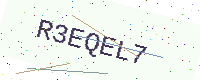
Text: R3EQEL7